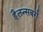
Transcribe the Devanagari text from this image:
हैलन्सबर्ग